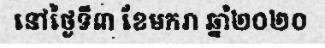
នៅថ្ងៃទី៣ ខែមករា ឆ្នាំ២០២០